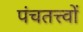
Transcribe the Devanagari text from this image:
पंचतत्त्वों